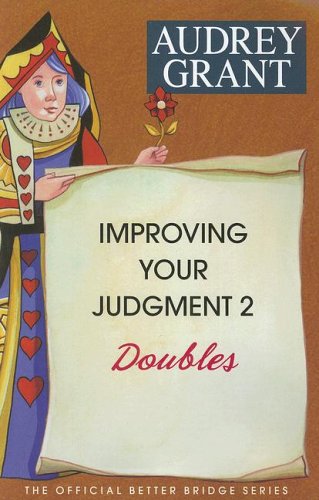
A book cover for Improving Your Judgment 2: Doubles (Official Better Bridge); Audrey Grant; Humor & Entertainment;